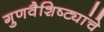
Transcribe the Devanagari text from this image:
गुणवैशिष्ट्यांचे